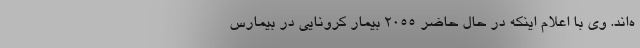
ه‌اند. وی با اعلام اینکه در حال حاضر ۲۰۵۵ بیمار کرونایی در بیمارس